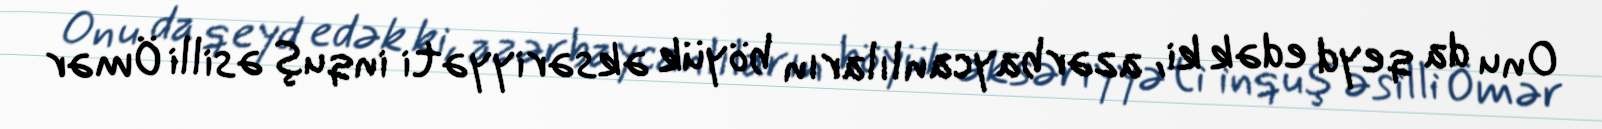
Onu da qeyd edək ki, azərbaycanlıların böyük əksəriyyəti inquş əsilli Ömər